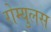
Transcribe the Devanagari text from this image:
रोम्युलस